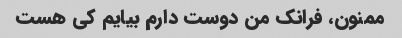
ممنون، فرانک من دوست دارم بیایم کی هست